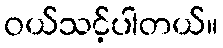
ဝယ်သင့်ပါတယ်။